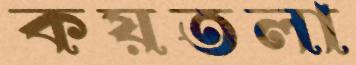
কয়তলা